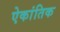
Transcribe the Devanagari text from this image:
ऐकांतिक